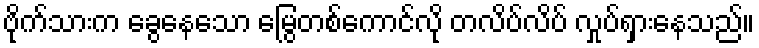
ဗိုက်သားက ခွေနေသော မြွေတစ်ကောင်လို တလိပ်လိပ် လှုပ်ရှားနေသည်။